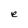
Character: e